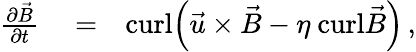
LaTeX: \begin{array}{rlr}{\frac{\partial\vec{B}}{\partial t}}&{{}=}&{{\textrm{curl}}\Big(\vec{u}\times\vec{B}-\eta\ {\textrm{curl}}\vec{B}\Big)\, ,}\end{array}